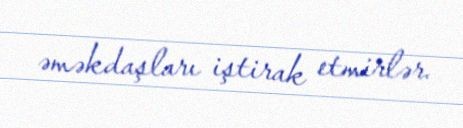
əməkdaşları iştirak etmirlər.